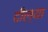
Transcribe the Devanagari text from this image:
दील्या